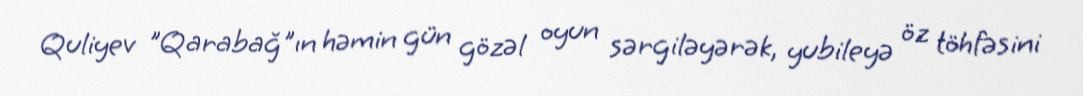
Quliyev "Qarabağ"ın həmin gün gözəl oyun sərgiləyərək, yubileyə öz töhfəsini